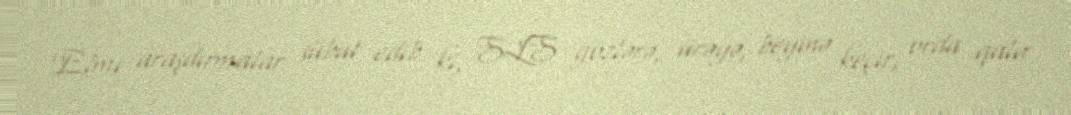
Elmi araşdırmalar sübut edib ki, SLS gözlərə, ürəyə, beyinə keçir, orda qalır